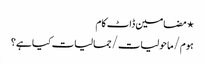
⋆ مضامین ڈاٹ کام
ہوم/ماحولیات/جمالیات کیا ہے؟